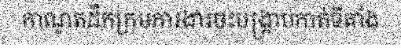
កាណូតដឹកក្រុមការងារចុះបង្ក្រាបកាត់ទីតាំង